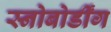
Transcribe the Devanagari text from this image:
स्नोबोर्डींग